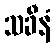
သခီနံ